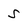
Character: s